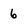
Character: 6